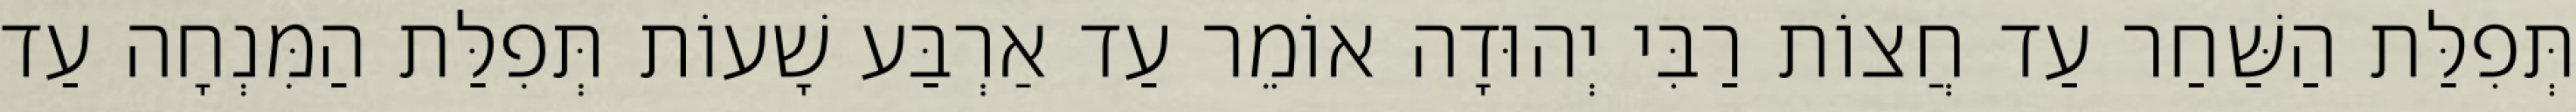
תְּפִלַּת הַשַּׁחַר עַד חֲצוֹת רַבִּי יְהוּדָה אוֹמֵר עַד אַרְבַּע שָׁעוֹת תְּפִלַּת הַמִּנְחָה עַד